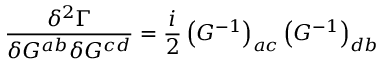
\frac { \delta ^ { 2 } \Gamma } { \delta G ^ { a b } \delta G ^ { c d } } = \frac i 2 \left( G ^ { - 1 } \right) _ { a c } \left( G ^ { - 1 } \right) _ { d b }